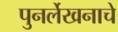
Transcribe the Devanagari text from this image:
पुनर्लेखनाचे